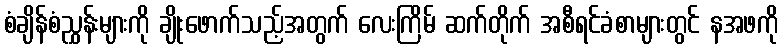
စံချိန်စံညွှန်းများကို ချိုးဖောက်သည့်အတွက် လေးကြိမ် ဆက်တိုက် အစီရင်ခံစာများတွင် နအဖကို